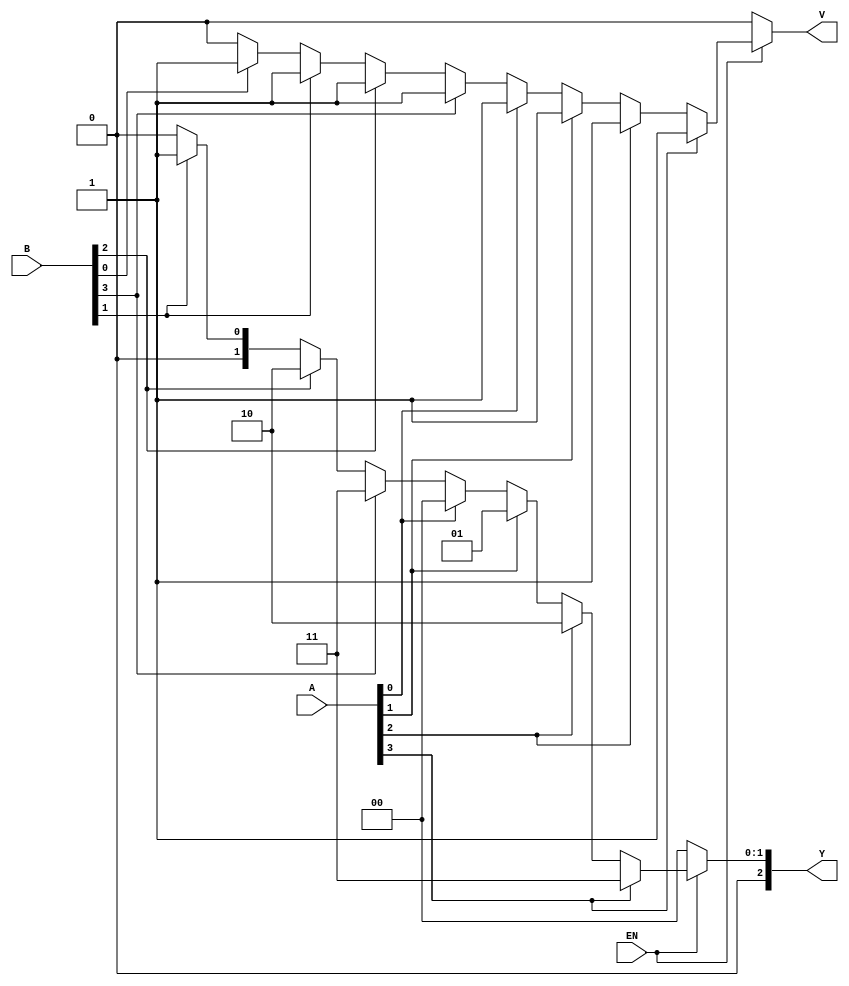
module dual_priority_encoder (
    input wire [3:0] A,    // Group A inputs
    input wire [3:0] B,    // Group B inputs
    input wire EN,         // Enable signal
    output reg [2:0] Y,    // Output (3-bit binary representation)
    output reg V           // Valid signal
);
    
    always @(*) begin
        if (EN) begin
            // Default outputs
            Y = 3'b000; // default output
            V = 1'b0;   // default valid signal
            
            // Check Group A inputs (Higher Priority)
            if (A[3] == 1'b1) begin
                Y = 3'b011; // A3 active
                V = 1'b1;   // valid output
            end else if (A[2] == 1'b1) begin
                Y = 3'b010; // A2 active
                V = 1'b1;   // valid output
            end else if (A[1] == 1'b1) begin
                Y = 3'b001; // A1 active
                V = 1'b1;   // valid output
            end else if (A[0] == 1'b1) begin
                Y = 3'b000; // A0 active
                V = 1'b1;   // valid output
            end else begin
                // Check Group B inputs (Lower Priority) only if Group A is inactive
                if (B[3] == 1'b1) begin
                    Y = 3'b011; // B3 active
                    V = 1'b1;   // valid output
                end else if (B[2] == 1'b1) begin
                    Y = 3'b010; // B2 active
                    V = 1'b1;   // valid output
                end else if (B[1] == 1'b1) begin
                    Y = 3'b001; // B1 active
                    V = 1'b1;   // valid output
                end else if (B[0] == 1'b1) begin
                    Y = 3'b000; // B0 active
                    V = 1'b1;   // valid output
                end
            end
        end else begin
            // If EN is low, outputs should be undefined or zero
            Y = 3'b000; // default output
            V = 1'b0;   // invalid output
        end
    end

endmodule